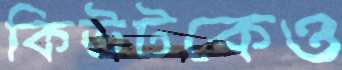
কিউটকেও